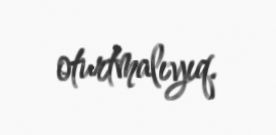
oturtmalıyıq.